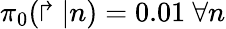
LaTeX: \pi_{0}(\Rsh|n)=0.01~\forall n